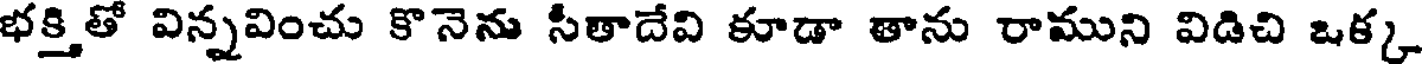
భక్తితో విన్నవించు కొనెను సీతాదేవి కూడా తాను రాముని విడిచి ఒక్క